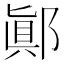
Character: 𨝊